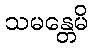
သမန္တေမိ